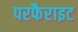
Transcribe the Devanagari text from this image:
परफैराइट